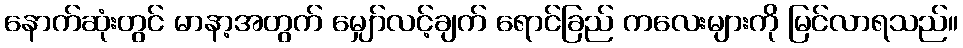
နောက်ဆုံးတွင် မာနာ့အတွက် မျှော်လင့်ချက် ရောင်ခြည် ကလေးများကို မြင်လာရသည်။